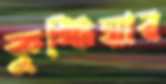
কুষ্টিয়ার